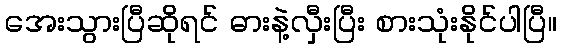
အေးသွားပြီဆိုရင် ဓားနဲ့လှီးပြီး စားသုံးနိုင်ပါပြီ။